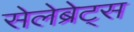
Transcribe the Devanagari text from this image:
सेलेब्रेट्स